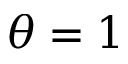
\theta = 1